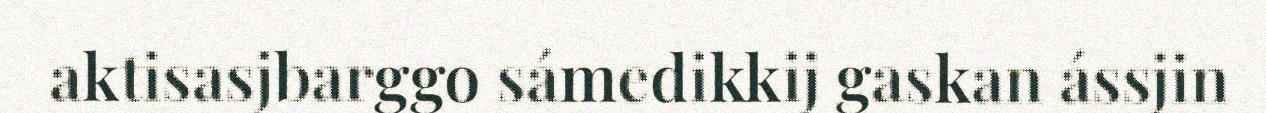
aktisasjbarggo sámedikkij gaskan ássjin